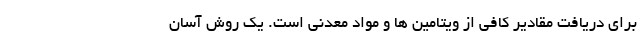
برای دریافت مقادیر کافی از ویتامین ها و مواد معدنی است. یک روش آسان